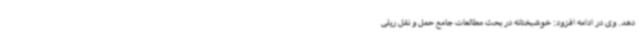
دهد. وی در ادامه افزود: خوشبختانه در بحث مطالعات جامع حمل و نقل ریلی